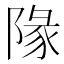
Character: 䧘